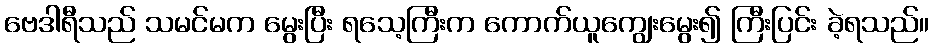
ဗေဒါရီသည် သမင်မက မွေးပြီး ရသေ့ကြီးက ကောက်ယူကျွေးမွေး၍ ကြီးပြင်း ခဲ့ရသည်။